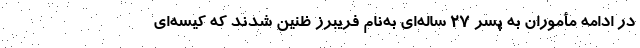
در ادامه مأموران به پسر 27 ساله‌ای به‌نام فریبرز ظنین شدند که کیسه‌ای